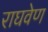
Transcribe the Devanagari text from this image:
राघवेण